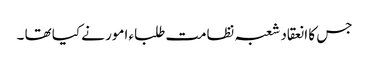
جس کا انعقاد شعبہ نظامت طلباء امور نے کیا تھا ۔